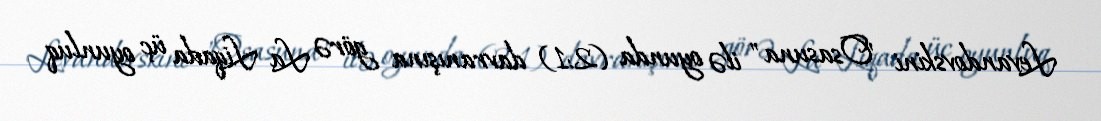
Levandovskini "Osasuna" ilə oyunda (2:1) davranışına görə La Liqada üç oyunluq